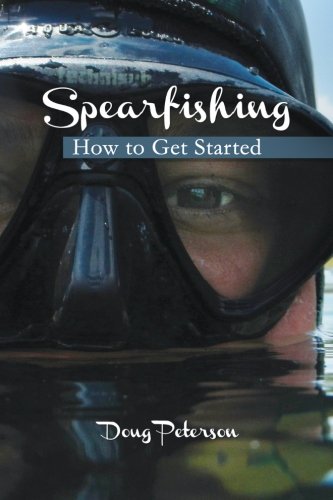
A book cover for Spearfishing: How to Get Started; Doug Peterson; Sports & Outdoors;